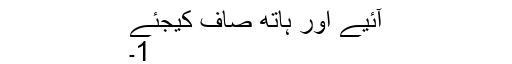
آئیے اور ہاتھ صاف کیجئے
1۔